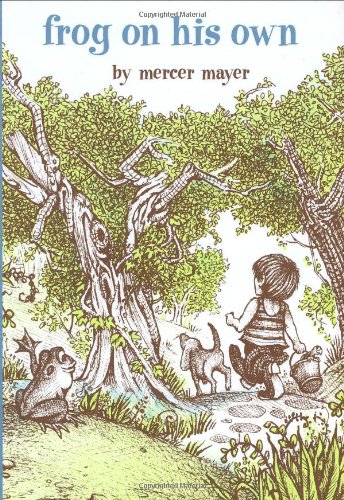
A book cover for Frog on His Own (A Boy, a Dog, and a Frog); Mercer Mayer; Children's Books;